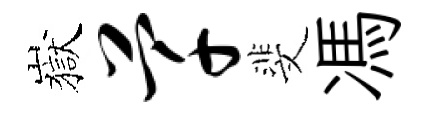
嶽芊斐馮